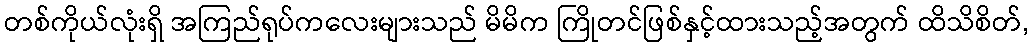
တစ်ကိုယ်လုံးရှိ အကြည်ရုပ်ကလေးများသည် မိမိက ကြိုတင်ဖြစ်နှင့်ထားသည့်အတွက် ထိသိစိတ်,